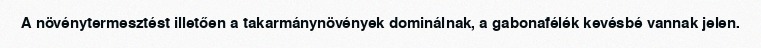
A növénytermesztést illetően a takarmánynövények dominálnak, a gabonafélék kevésbé vannak jelen.